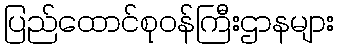
ပြည်ထောင်စုဝန်ကြီးဌာနများ